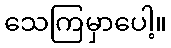
သေကြမှာပေါ့။